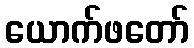
ယောက်ဖတော်